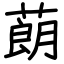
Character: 蓢